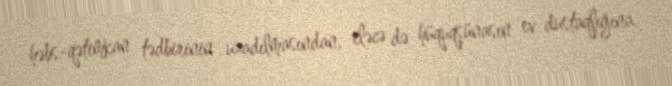
həbs-qətimkan tədbirinin uzadılmasından, eləcə də hüquqşünasın ev dustaqlığına